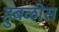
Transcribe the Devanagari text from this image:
हुबळीस